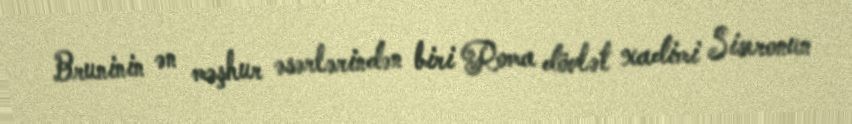
Bruninin ən məşhur əsərlərindən biri Roma dövlət xadimi Siseronun